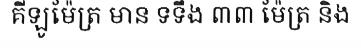
គីឡូម៉ែត្រ មាន ទទឹង ៣៣ ម៉ែត្រ និង